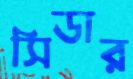
সিডার